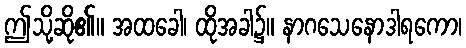
ဤသို့ဆို၏။ အထခေါ၊ ထိုအခါ၌။ နာဂသေနောဒါရကော၊